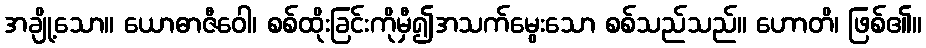
အချို့သော။ ယောဓာဇီဝေါ၊ စစ်ထိုးခြင်းကိုမှီ၍အသက်မွေးသော စစ်သည်သည်။ ဟောတိ၊ ဖြစ်၏။